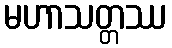
မဟာသတ္တဿ